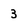
Character: 3